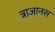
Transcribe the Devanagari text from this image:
त्राजानस